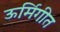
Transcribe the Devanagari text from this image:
ऊर्मिगीत